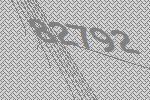
82792